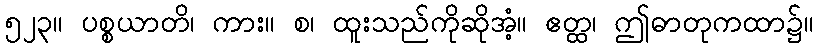
၅၂၃။ ပစ္စယာတိ၊ ကား။ စ၊ ထူးသည်ကိုဆိုအံ့။ ဧတ္ထ၊ ဤဓာတုကထာ၌။